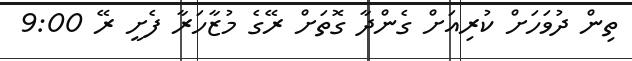
ތިން ދުވަހަށް ކުރިއަށް ގެންދާ ގޮތަށް ރޭގެ މުޒާހަރާ ފެށީ ރޭ 9:00